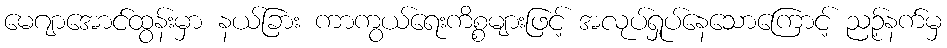
မေဂျာအောင်ထွန်းမှာ နယ်ခြား ကာကွယ်ရေးကိစ္စများဖြင့် အလုပ်ရှုပ်နေသောကြောင့် ညဉ့်နက်မှ